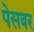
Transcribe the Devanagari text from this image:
पेसवर